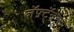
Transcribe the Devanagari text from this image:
लॅफ़्टॅनन्ट